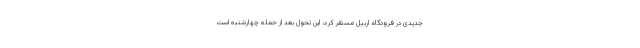
جدیدی در فرودگاه اربیل مستقر کرد، این تحول بعد از حمله چهارشنبه است